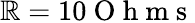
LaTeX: \mathbb{R}=10\mathrm{{~O~h~m~s~}}